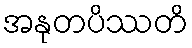
အနုတပိဿတိ